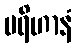
ပရိဟာနံ